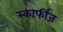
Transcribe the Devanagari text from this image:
स्कार्फीज